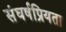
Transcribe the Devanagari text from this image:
संघर्षप्रियता